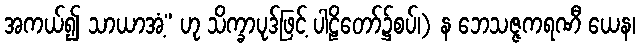
အကယ်၍ သာယာအံ့” ဟု သိက္ခာပုဒ်ဖြင့် ပါဠိတော်၌စပ်၊) န ဘေသဇ္ဇကရဏီ ယေန၊